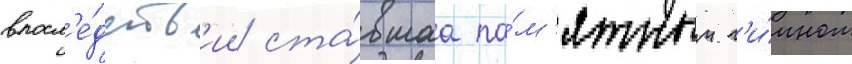
впосл'е́дств'ии ста́вшаа па́м'ятным г'и́мном